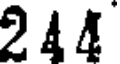
244